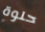
حلوة